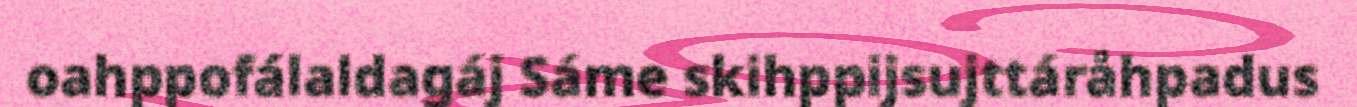
oahppofálaldagáj Sáme skihppijsujttáråhpadus